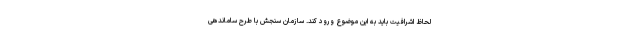
لحاظ اشرافیت باید به این موضوع ورود کند. سازمان سنجش با طرح ساماندهی